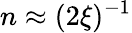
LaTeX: n\approx(2\xi)^{-1}